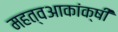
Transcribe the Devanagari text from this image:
महत्वआकांक्षी